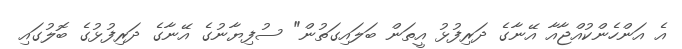
އެ އަންހެންކުއްޖާއާ އޭނާގެ ދަރިފުޅު އީތަން ބަލައިގަތުން" ސުފިޔާނުގެ އޭނާގެ ދަރިފުޅުގެ ބޮލުގައި